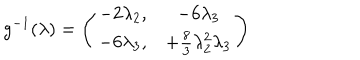
g ^ { - 1 } ( \lambda ) = \left( \begin{array} { c c } { { - 2 \lambda _ { 2 } , } } & { { - 6 \lambda _ { 3 } } } \\ { { - 6 \lambda _ { 3 } , } } & { { + \frac 8 3 \lambda _ { 2 } ^ { 2 } \lambda _ { 3 } } } \\ \end{array} \right)